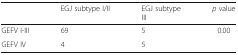
<table><thead><tr><td></td><td><b>EGJ subtype I/II</b></td><td><b>EGJ subtypeIII</b></td><td><b><i>p</i> value</b></td></tr></thead><tbody><tr><td>GEFV I-III</td><td>69</td><td>5</td><td>0.00</td></tr><tr><td>GEFV IV</td><td>4</td><td>5</td><td></td></tr></tbody></table>